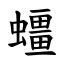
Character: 䗵